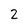
Character: 2